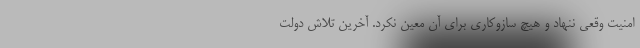
امنیت وقعی ننهاد و هیچ سازوکاری برای آن معین نکرد. آخرین تلاش دولت